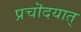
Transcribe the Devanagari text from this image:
प्रचॊदयात्